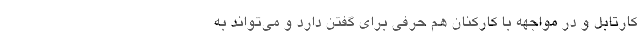
کارتابل و در مواجهه با کارکنان هم حرفی برای گفتن دارد و می‌تواند به